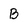
Character: B